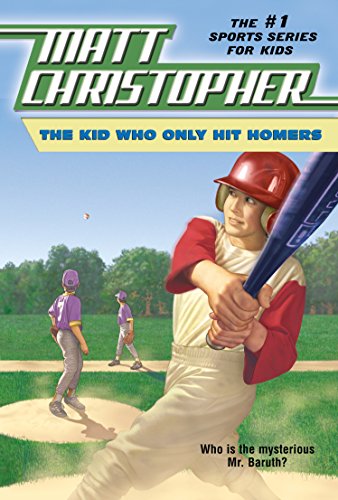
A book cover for The Kid Who Only Hit Homers (Matt Christopher Sports Classics); Matt Christopher; Children's Books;